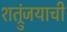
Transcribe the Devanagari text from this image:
शत्रुंजयाची